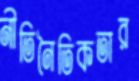
নীতিনৈতিকতার